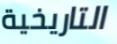
التاريخية